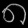
Digit: ၈